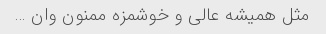
مثل همیشه عالی و خوشمزه ممنون وان …